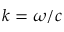
k = \omega / c